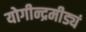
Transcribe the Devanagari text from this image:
योगीन्द्रमीड्यं